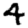
Digit: 4